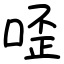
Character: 㗏